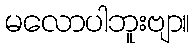
မလောပါဘူးဗျာ။